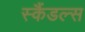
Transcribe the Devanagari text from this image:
स्‍कैंडल्‍स